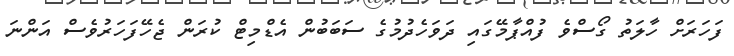
ފަހަރަށް ހާލަތު ގޯސްވެ ފުއްޕާމޭގައި ދަވަހެދުމުގެ ސަބަބުން އެޑްމިޓް ކުރަން ޖެހޭފަހަރުވެސް އަންނަ